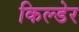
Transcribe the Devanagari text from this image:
किल्डेर